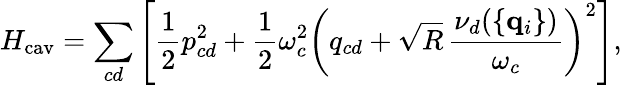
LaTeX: H_{\mathrm{cav}}=\sum_{cd}\left[{\frac{1}{2}}{p}_{cd}^{2}+{\frac{1}{2}}\omega_{c}^{2}\left({q}_{cd}+\sqrt{R}\, {\frac{\nu_{d}(\{ {\mathbf q}_{i}\} )}{\omega_{c}}}\right)^{2}\right],